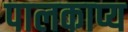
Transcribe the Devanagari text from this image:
पालकाप्य